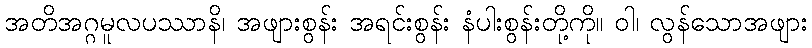
အတိအဂ္ဂမူလပဿာနိ၊ အဖျားစွန်း အရင်းစွန်း နံပါးစွန်းတို့ကို။ ဝါ၊ လွန်သောအဖျား